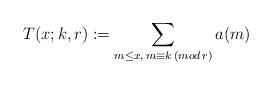
LaTeX: \begin{align*} T(x; k, r) := \sum_{m\leq x,\, m\equiv k\,(mod\,r)} a(m) \end{align*}